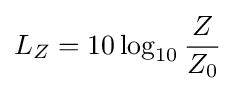
L_{Z}=10\log _{10}{\frac {Z}{Z_{0}}}